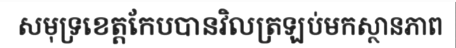
សមុទ្រខេត្តកែបបានវិលត្រឡប់មកស្ថានភាព